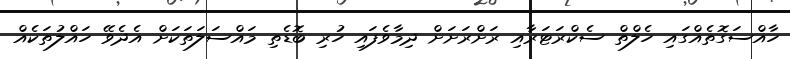
ހާއްސަގޮތެއްގައި ހެލްތް ސެކްރަޓަރާއި ރަށްރަށަށް ދިމާވެފައި ހުރި ބޮޑެތި މައްސަލަތަކަށް އެދެވޭ ހައްލުތަކެއް